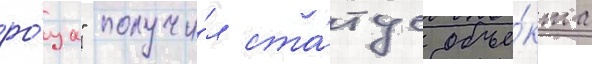
ро́ща" получи́л ста́тус объе́кта